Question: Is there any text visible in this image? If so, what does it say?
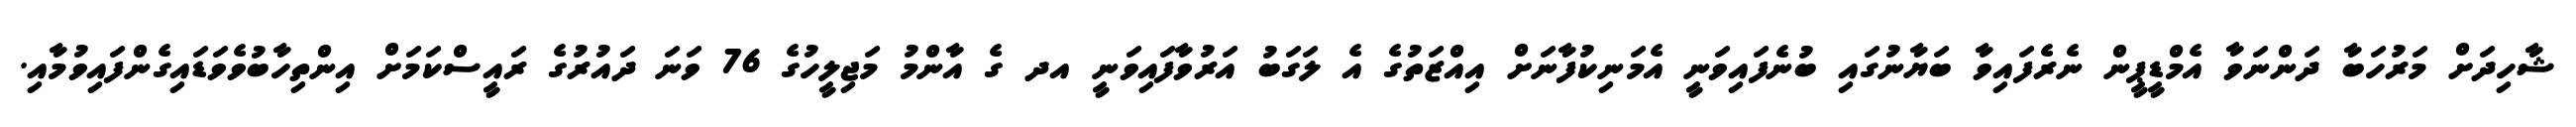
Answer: ޝާހިދަށް މަރުހަބާ ދަންނަވާ އެމްޑީޕީން ނެރެފައިވާ ބަޔާނުގައި ބުނެފައިވަނީ އެމަނިކުފާނަށް އިއްޒަތުގެ އެ ލަގަބު އަރުވާފައިވަނީ އދ ގެ އާންމު މަޖިލީހުގެ 76 ވަނަ ދައުރުގެ ރައީސްކަމަށް އިންތިހާބުވެވަޑައިގެންފައިވުމާއި.